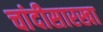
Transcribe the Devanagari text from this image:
चांदीसारखा